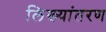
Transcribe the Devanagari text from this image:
लिख्यांतरण